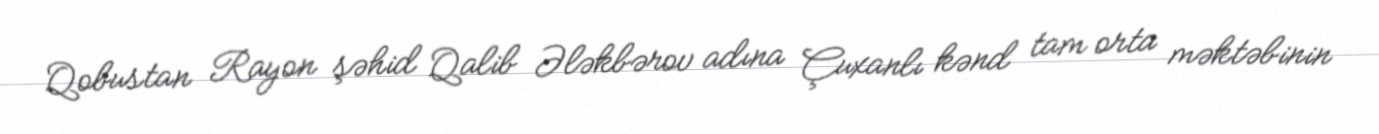
Qobustan Rayon şəhid Qalib Ələkbərov adına Çuxanlı kənd tam orta məktəbinin